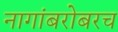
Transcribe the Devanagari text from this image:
नागांबरोबरच